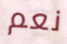
نعم